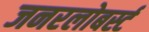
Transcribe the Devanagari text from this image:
जनरलोबर्स्ट